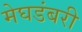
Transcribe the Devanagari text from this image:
मेघडंबरी